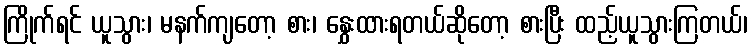
ကြိုက်ရင် ယူသွား၊ မနက်ကျတော့ စား၊ နွှေးထားရတယ်ဆိုတော့ စားပြီး ထည့်ယူသွားကြတယ်၊